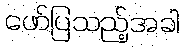
ဖော်ပြသည့်အခါ